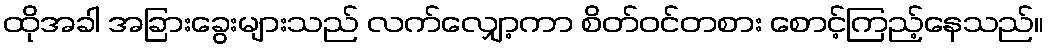
ထိုအခါ အခြားခွေးများသည် လက်လျှော့ကာ စိတ်ဝင်တစား စောင့်ကြည့်နေသည်။